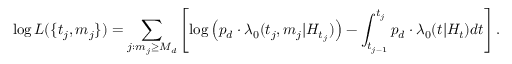
\log L ( \{ t _ { j } , m _ { j } \} ) = \sum _ { j : m _ { j } \geq M _ { d } } \left[ \log \left( p _ { d } \cdot \lambda _ { 0 } ( t _ { j } , m _ { j } | H _ { t _ { j } } ) \right) - \int _ { t _ { j - 1 } } ^ { t _ { j } } p _ { d } \cdot \lambda _ { 0 } ( t | H _ { t } ) d t \right] .